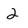
Character: 2